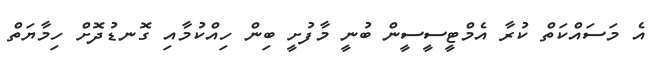
އެ މަސައްކަތް ކުރާ އެމްޓީސީސީން ބުނީ މާފުށީ ބިން ހިއްކުމާއި ގޮނޑުދޮށް ހިމާޔަތް